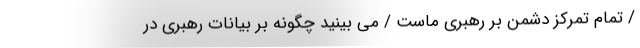
/ تمام تمرکز دشمن بر رهبری ماست / می بینید چگونه بر بیانات رهبری در